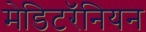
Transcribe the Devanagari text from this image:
मेडिटरॅनियन